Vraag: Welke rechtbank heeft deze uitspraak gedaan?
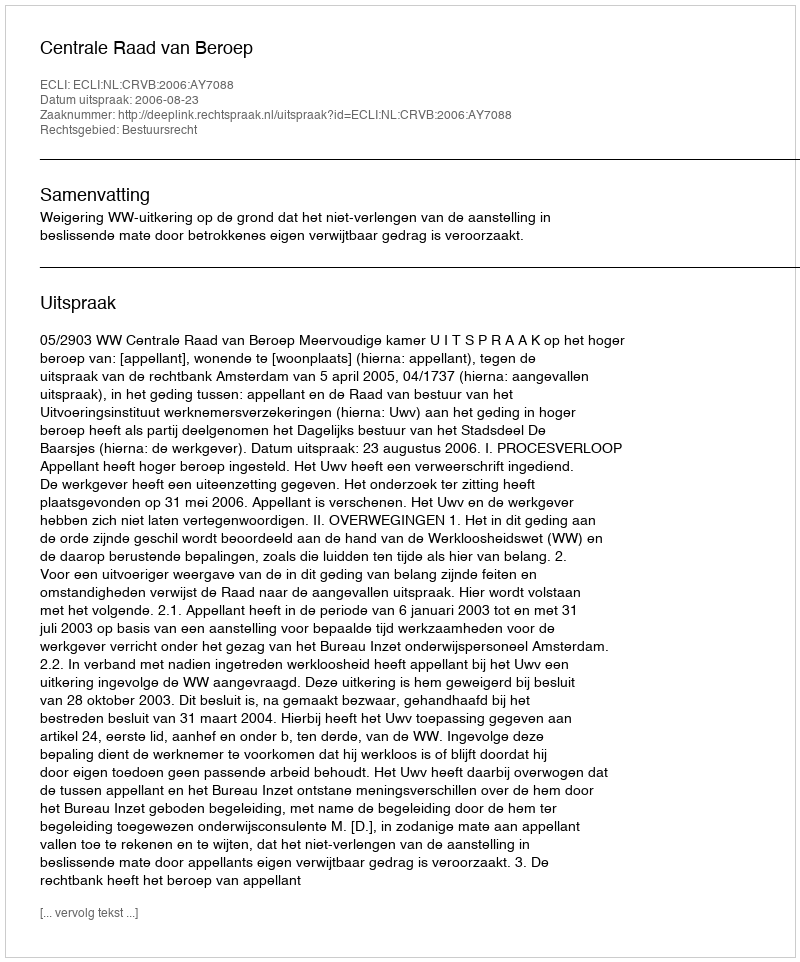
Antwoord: Centrale Raad van Beroep